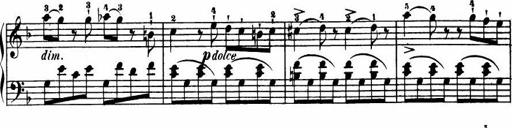
Title: Le bouquetier
Composer: Anton Diabelli
Key: G major
 C major
 F major
 C major